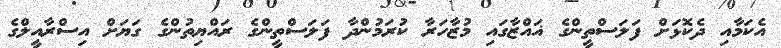
އެކަމާއި ދެކޮޅަށް ފަލަސްތީންގެ ޣައްޒާގައި މުޒާހަރާ ކުރަމުންދާ ފަލަސްތީންގެ ރައްޔިތުންގެ ގަޔަށް އިސްރާއީލްގެ